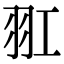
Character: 羾